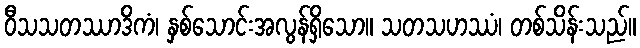
ဝီသသတဿာဒိကံ၊ နှစ်သောင်းအလွန်ရှိသော။ သတသဟဿံ၊ တစ်သိန်းသည်။